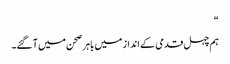
“
ہم چہل قدمی کے انداز میں باہر صحن میں آ گئے۔